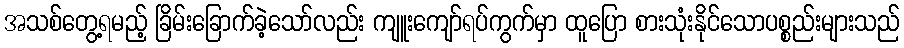
အသစ်တွေ့ရမည့် ခြိမ်းခြောက်ခဲ့သော်လည်း ကျူးကျော်ရပ်ကွက်မှာ ထူပြော စားသုံးနိုင်သောပစ္စည်းများသည်